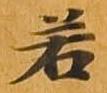
若